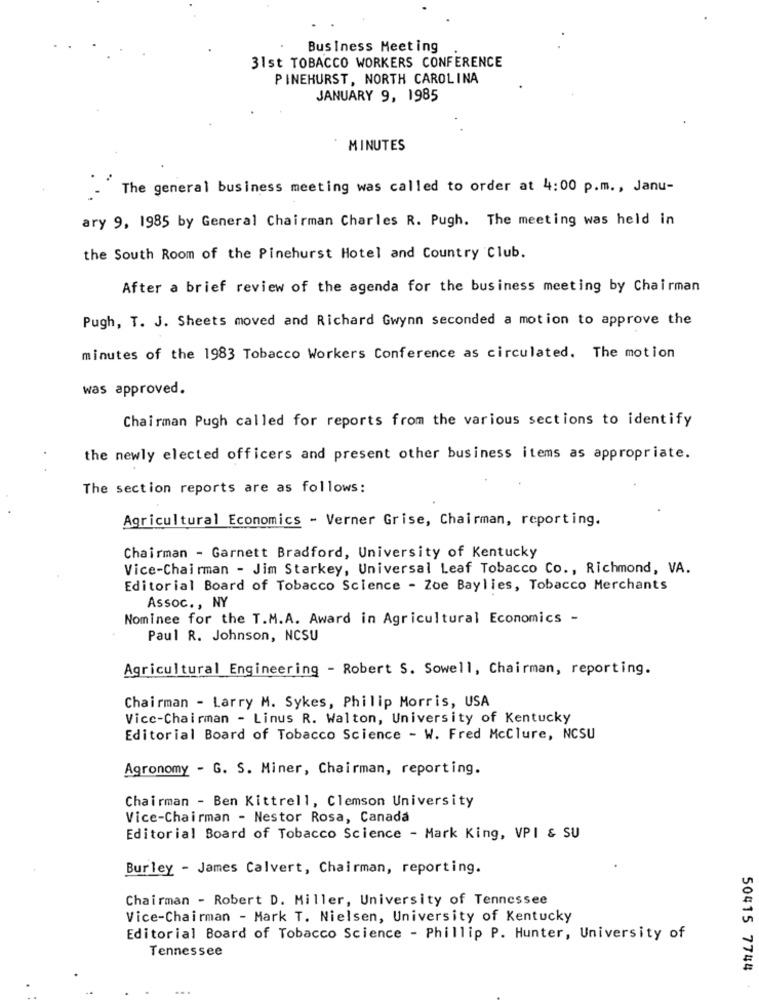
Business Meeting
31st TOBACCO WORKERS CONFERENCE
PINEHURST, NORTH CAROLINA
JANUARY 9, 1985
MINUTES
The general business meeting was called to order at 4:00 p.m ., Janu-
ary 9, 1985 by General Chairman Charles R. Pugh. The meeting was held in
the South Room of the Pinehurst Hotel and Country Club.
After a brief review of the agenda for the business meeting by Chairman
Pugh, T. J. Sheets moved and Richard Gwynn seconded a motion to approve the
minutes of the 1983 Tobacco Workers Conference as circulated. The motion
was approved.
Chairman Pugh called for reports from the various sections to identify
the newly elected officers and present other business items as appropriate.
The section reports are as follows:
Agricultural Economics - Verner Grise, Chairman, reporting.
Chairman - Garnett Bradford, University of Kentucky
Vice-Chairman - Jim Starkey, Universal Leaf Tobacco Co ., Richmond, VA.
Editorial Board of Tobacco Science - Zoe Baylies, Tobacco Merchants
Assoc ., NY
Nominee for the T.M.A. Award in Agricultural Economics -
Paul R. Johnson, NCSU
Agricultural Engineering - Robert S. Sowell, Chairman, reporting.
Chairman - Larry M. Sykes, Philip Morris, USA
Vice-Chairman - Linus R. Walton, University of Kentucky
Editorial Board of Tobacco Science - W. Fred Mcclure, NCSU
Agronomy - G. S. Miner, Chairman, reporting.
Chairman - Ben Kittrell, Clemson University
Vice-Chairman - Nestor Rosa, Canada
Editorial Board of Tobacco Science - Mark King, VPI & SU
Burley - James Calvert, Chairman, reporting.
Chairman - Robert D. Miller, University of Tennessee
Vice-Chairman - Mark T. Nielsen, University of Kentucky
Editorial Board of Tobacco Science - Phillip P. Hunter, University of
Tennessee
50415 7744